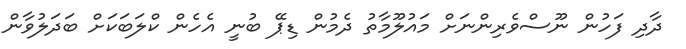
ދާދި ފަހުން ނޫސްވެރިންނަށް މައުލޫމާތު ދެމުން ޑިޕޭ ބުނީ އެހެން ކްލަބަކަށް ބަދަލުވާން